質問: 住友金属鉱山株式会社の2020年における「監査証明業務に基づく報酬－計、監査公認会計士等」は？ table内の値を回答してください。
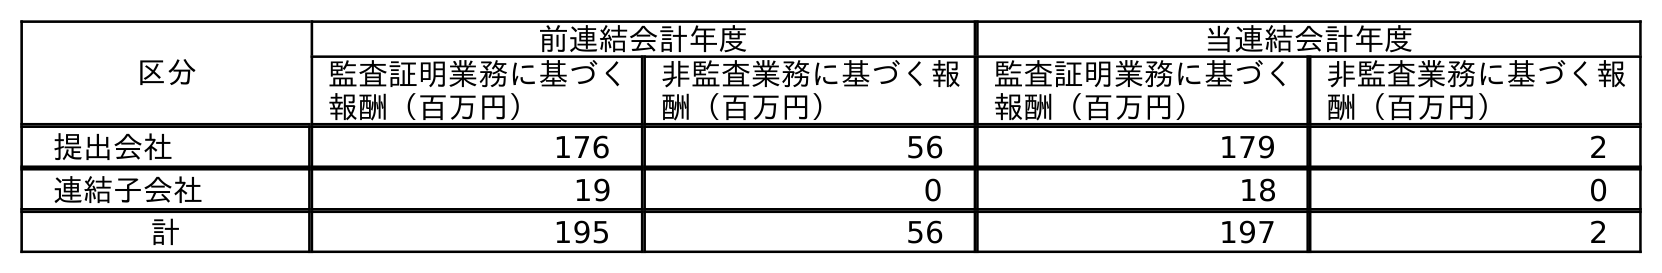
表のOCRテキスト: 区分 前連結会計年度 当連結会計年度 監査証明業務に基づく 報酬（百万円） 非監査業務に基づく報 酬（百万円） 監査証明業務に基づく 報酬（百万円） 非監査業務に基づく報 酬（百万円） 提出会社 176 56 179 2 連結子会社 19 0 18 0 計 195 56 197 2
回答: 197